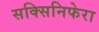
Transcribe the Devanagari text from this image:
सक्सिनिफेरा